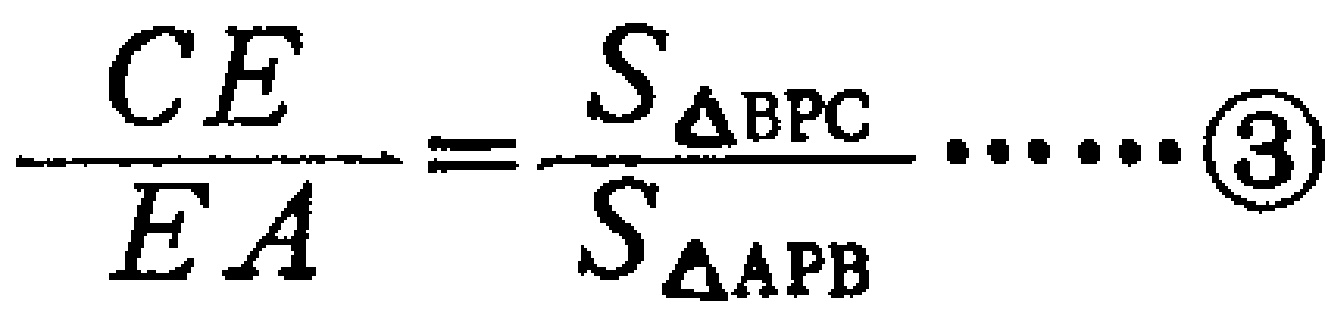
\(\frac{CE}{EA}=\frac{S_{\triangle BPC}}{S_{\triangle APB}}\cdots\cdots\textcircled{3}\)